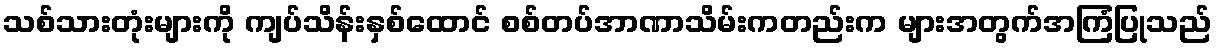
သစ်သားတုံးများကို ကျပ်သိန်းနှစ်ထောင် စစ်တပ်အာဏာသိမ်းကတည်းက များအတွက်အကြံပြုသည်